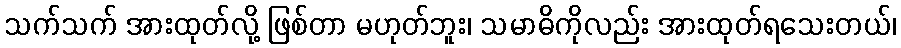
သက်သက် အားထုတ်လို့ ဖြစ်တာ မဟုတ်ဘူး၊ သမာဓိကိုလည်း အားထုတ်ရသေးတယ်၊